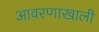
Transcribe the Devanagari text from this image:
आवरणाखाली